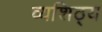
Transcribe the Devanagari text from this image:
व्यशिठ्य